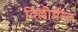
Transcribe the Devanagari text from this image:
दिल्लीप्रीत